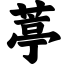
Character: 葶